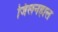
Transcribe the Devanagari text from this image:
जिलनहाल